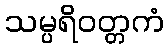
သမ္ပရိဝတ္တကံ